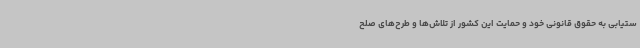
ستیابی به حقوق قانونی خود و حمایت این کشور از تلاش‌ها و طرح‌های صلح